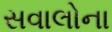
સવાલોના